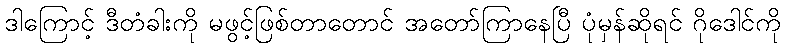
ဒါကြောင့် ဒီတံခါးကို မဖွင့်ဖြစ်တာတောင် အတော်ကြာနေပြီ ပုံမှန်ဆိုရင် ဂိုဒေါင်ကို